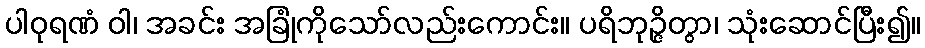
ပါဝုရဏံ ဝါ၊ အခင်း အခြုံကိုသော်လည်းကောင်း။ ပရိဘုဉ္ဇိတွာ၊ သုံးဆောင်ပြီး၍။